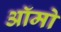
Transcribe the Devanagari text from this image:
ऑमो